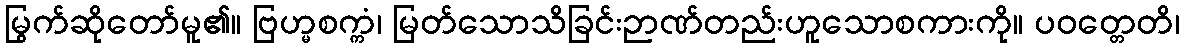
မြွက်ဆိုတော်မူ၏။ ဗြဟ္မစက္ကံ၊ မြတ်သောသိခြင်းဉာဏ်တည်းဟူသောစကားကို။ ပဝတ္တေတိ၊